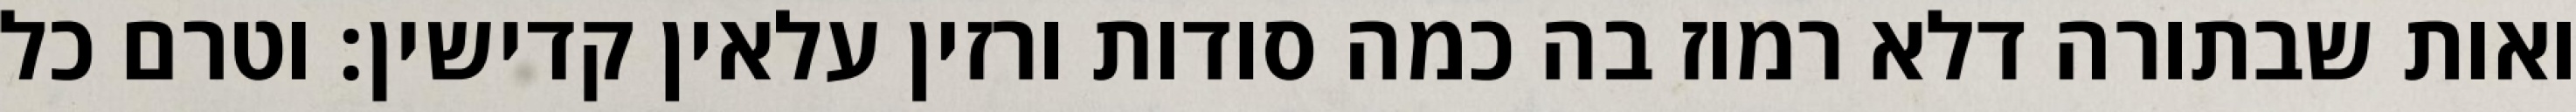
ואות שבתורה דלא רמוז בה כמה סודות ורזין עלאין קדישין: וטרם כל